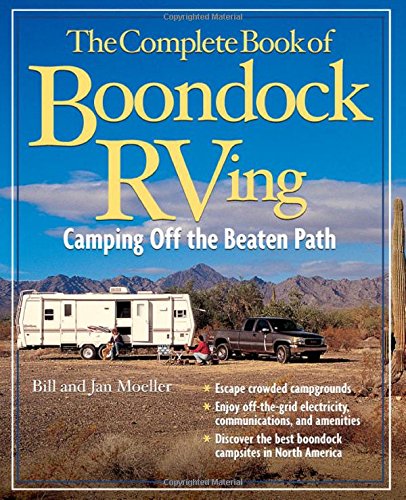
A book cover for The Complete Book of Boondock RVing: Camping Off the Beaten Path; Bill Moeller; Science & Math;